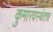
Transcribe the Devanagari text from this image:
कुमारवस्थेतच